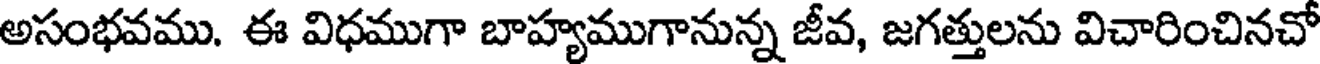
అసంభవము. ఈ విధముగా బాహ్యముగానున్న జీవ, జగత్తులను విచారించినచో